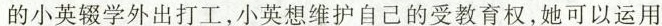
的小英辍学外出打工，小英想维护自己的受教育权，她可以运用